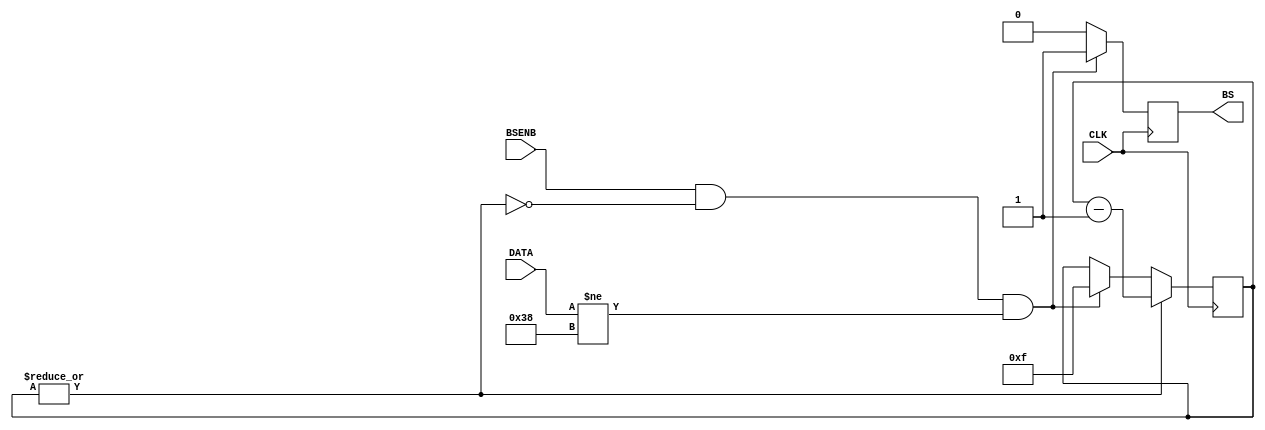
`timescale 1ns / 1ps
//////////////////////////////////////////////////////////////////////////////////
// Company: 		 ITEP
// 
// Design Name: 	 fpga_chan
// Module Name:    bitslip 
// Project Name: 	 wfd125
// Revision 0.01 - File Created
// Additional Comments: 
//
//		Generates BITSLIP pulse when DATA is not equal to the 111000 sample,
//		but next pulse is not earlier than 16 CLK after that
//
//////////////////////////////////////////////////////////////////////////////////
module bitslip(
    input 			CLK,		// ADC clock divided
    input [5:0] 	DATA,		// ADC one line 6-bit data, CLK timed
	 input 			BSENB,	// allow bitslip
    output reg		BS			// bitslip
    );

	localparam [5:0] 	FRAME = 6'b111000;
	reg [3:0] 			BSCNT;

	always @ (posedge CLK) begin
		if (BSENB & ~(|BSCNT) & DATA != FRAME) begin
			BS <= 1;
			BSCNT <= 15;
		end else begin
			BS <= 0;
		end
		if (|BSCNT) BSCNT <= BSCNT - 1;
	end 


endmodule